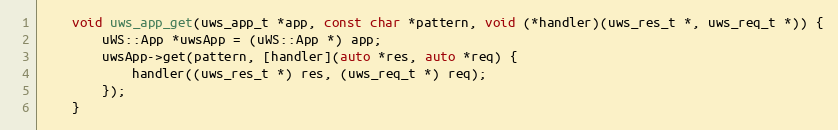
Language: C++
    void uws_app_get(uws_app_t *app, const char *pattern, void (*handler)(uws_res_t *, uws_req_t *)) {
        uWS::App *uwsApp = (uWS::App *) app;
        uwsApp->get(pattern, [handler](auto *res, auto *req) {
            handler((uws_res_t *) res, (uws_req_t *) req);
        });
    }